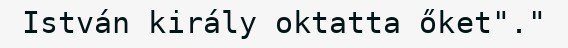
István király oktatta őket"."